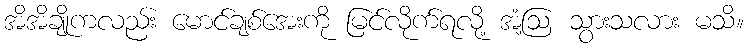
အိအိချိုကလည်း မောင်ချစ်အေးကို မြင်လိုက်ရလို့ အံ့ဩ သွားသလား မသိ။